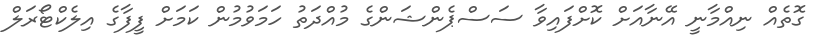
ގޮތެއް ނިއްމާނީ އޭނާއަށް ކޮށްފައިވާ ސަސްޕެންޝަންގެ މުއްދަތު ހަމަވުމުން ކަމަށް ފީފާގެ އިލެކްޓޯރަލް